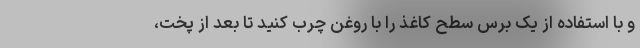
و با استفاده از یک برس سطح کاغذ را با روغن چرب کنید تا بعد از پخت،